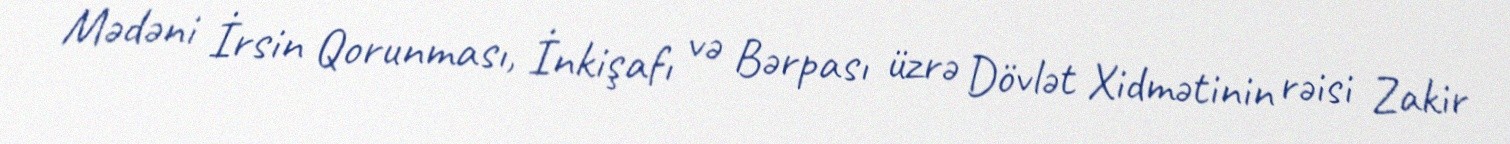
Mədəni İrsin Qorunması, İnkişafı və Bərpası üzrə Dövlət Xidmətinin rəisi Zakir